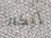
إنكار